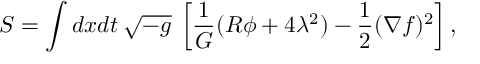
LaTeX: S = \int d x d t \: \sqrt { - { g } } \: \left[ \frac { 1 } { G } ( R \phi + 4 \lambda ^ { 2 } ) - \frac { 1 } { 2 } ( \nabla f ) ^ { 2 } \right] ,